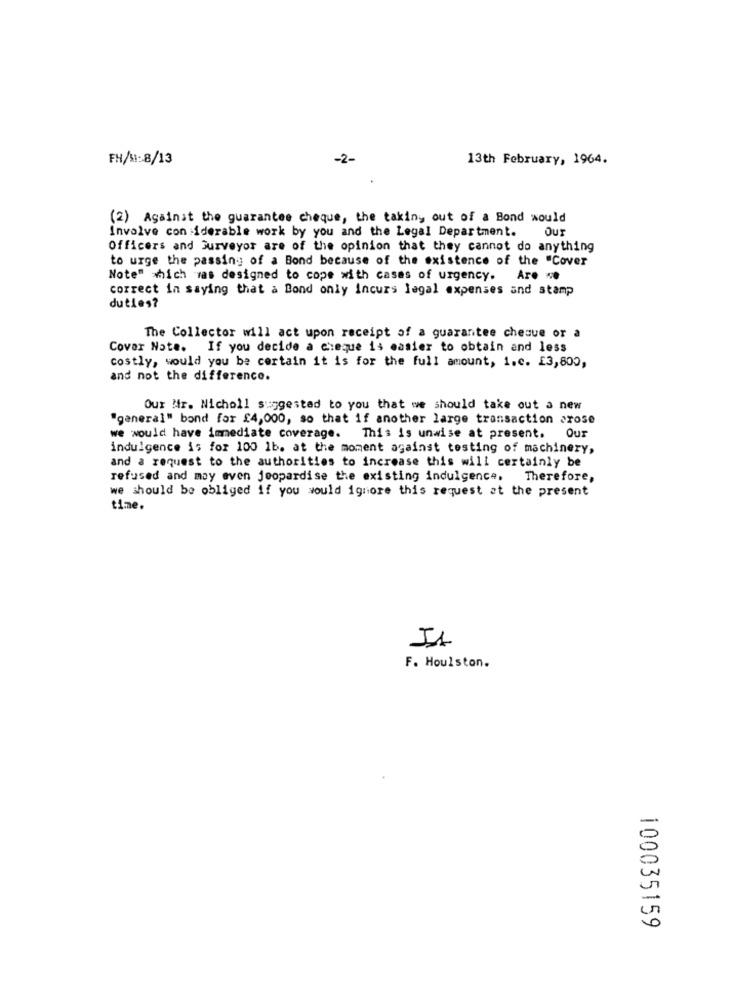
FH/M1:8/13
-2-
13th February, 1964.
(2) Against the guarantee cheque, the taking out of a Bond would
Our
Involve con iderable work by you and the Legal Department.
Officers and Surveyor are of the opinion that they cannot do anything
to urge the passing of a Bond because of the existence of the "Cover
Note" which was designed to cope with cases of urgency. Are **
correct in saying that a Bond only incurs legal expenses and stamp
duties?
The Collector will act upon receipt of a guarantee chesue or a
Cover Note. If you decide a cheque is easier to obtain and less
costly, would you be certain it is for the full amount, i.c. £3,800,
and not the difference.
Our Mir. Nicholl suggested to you that we should take out a new
"general" bond for £4,000, so that if another large transaction arose
we would have immediate coverage. This is unwise at present. Our
indulgence is for 100 1b. at the moment against testing of machinery,
and a request to the authorities to increase this will certainly be
refused and may even jeopardise the existing indulgence. Therefore,
we should be obliged if you would ignore this request at the present
time.
51
F. Houlston.
-
0
100035159